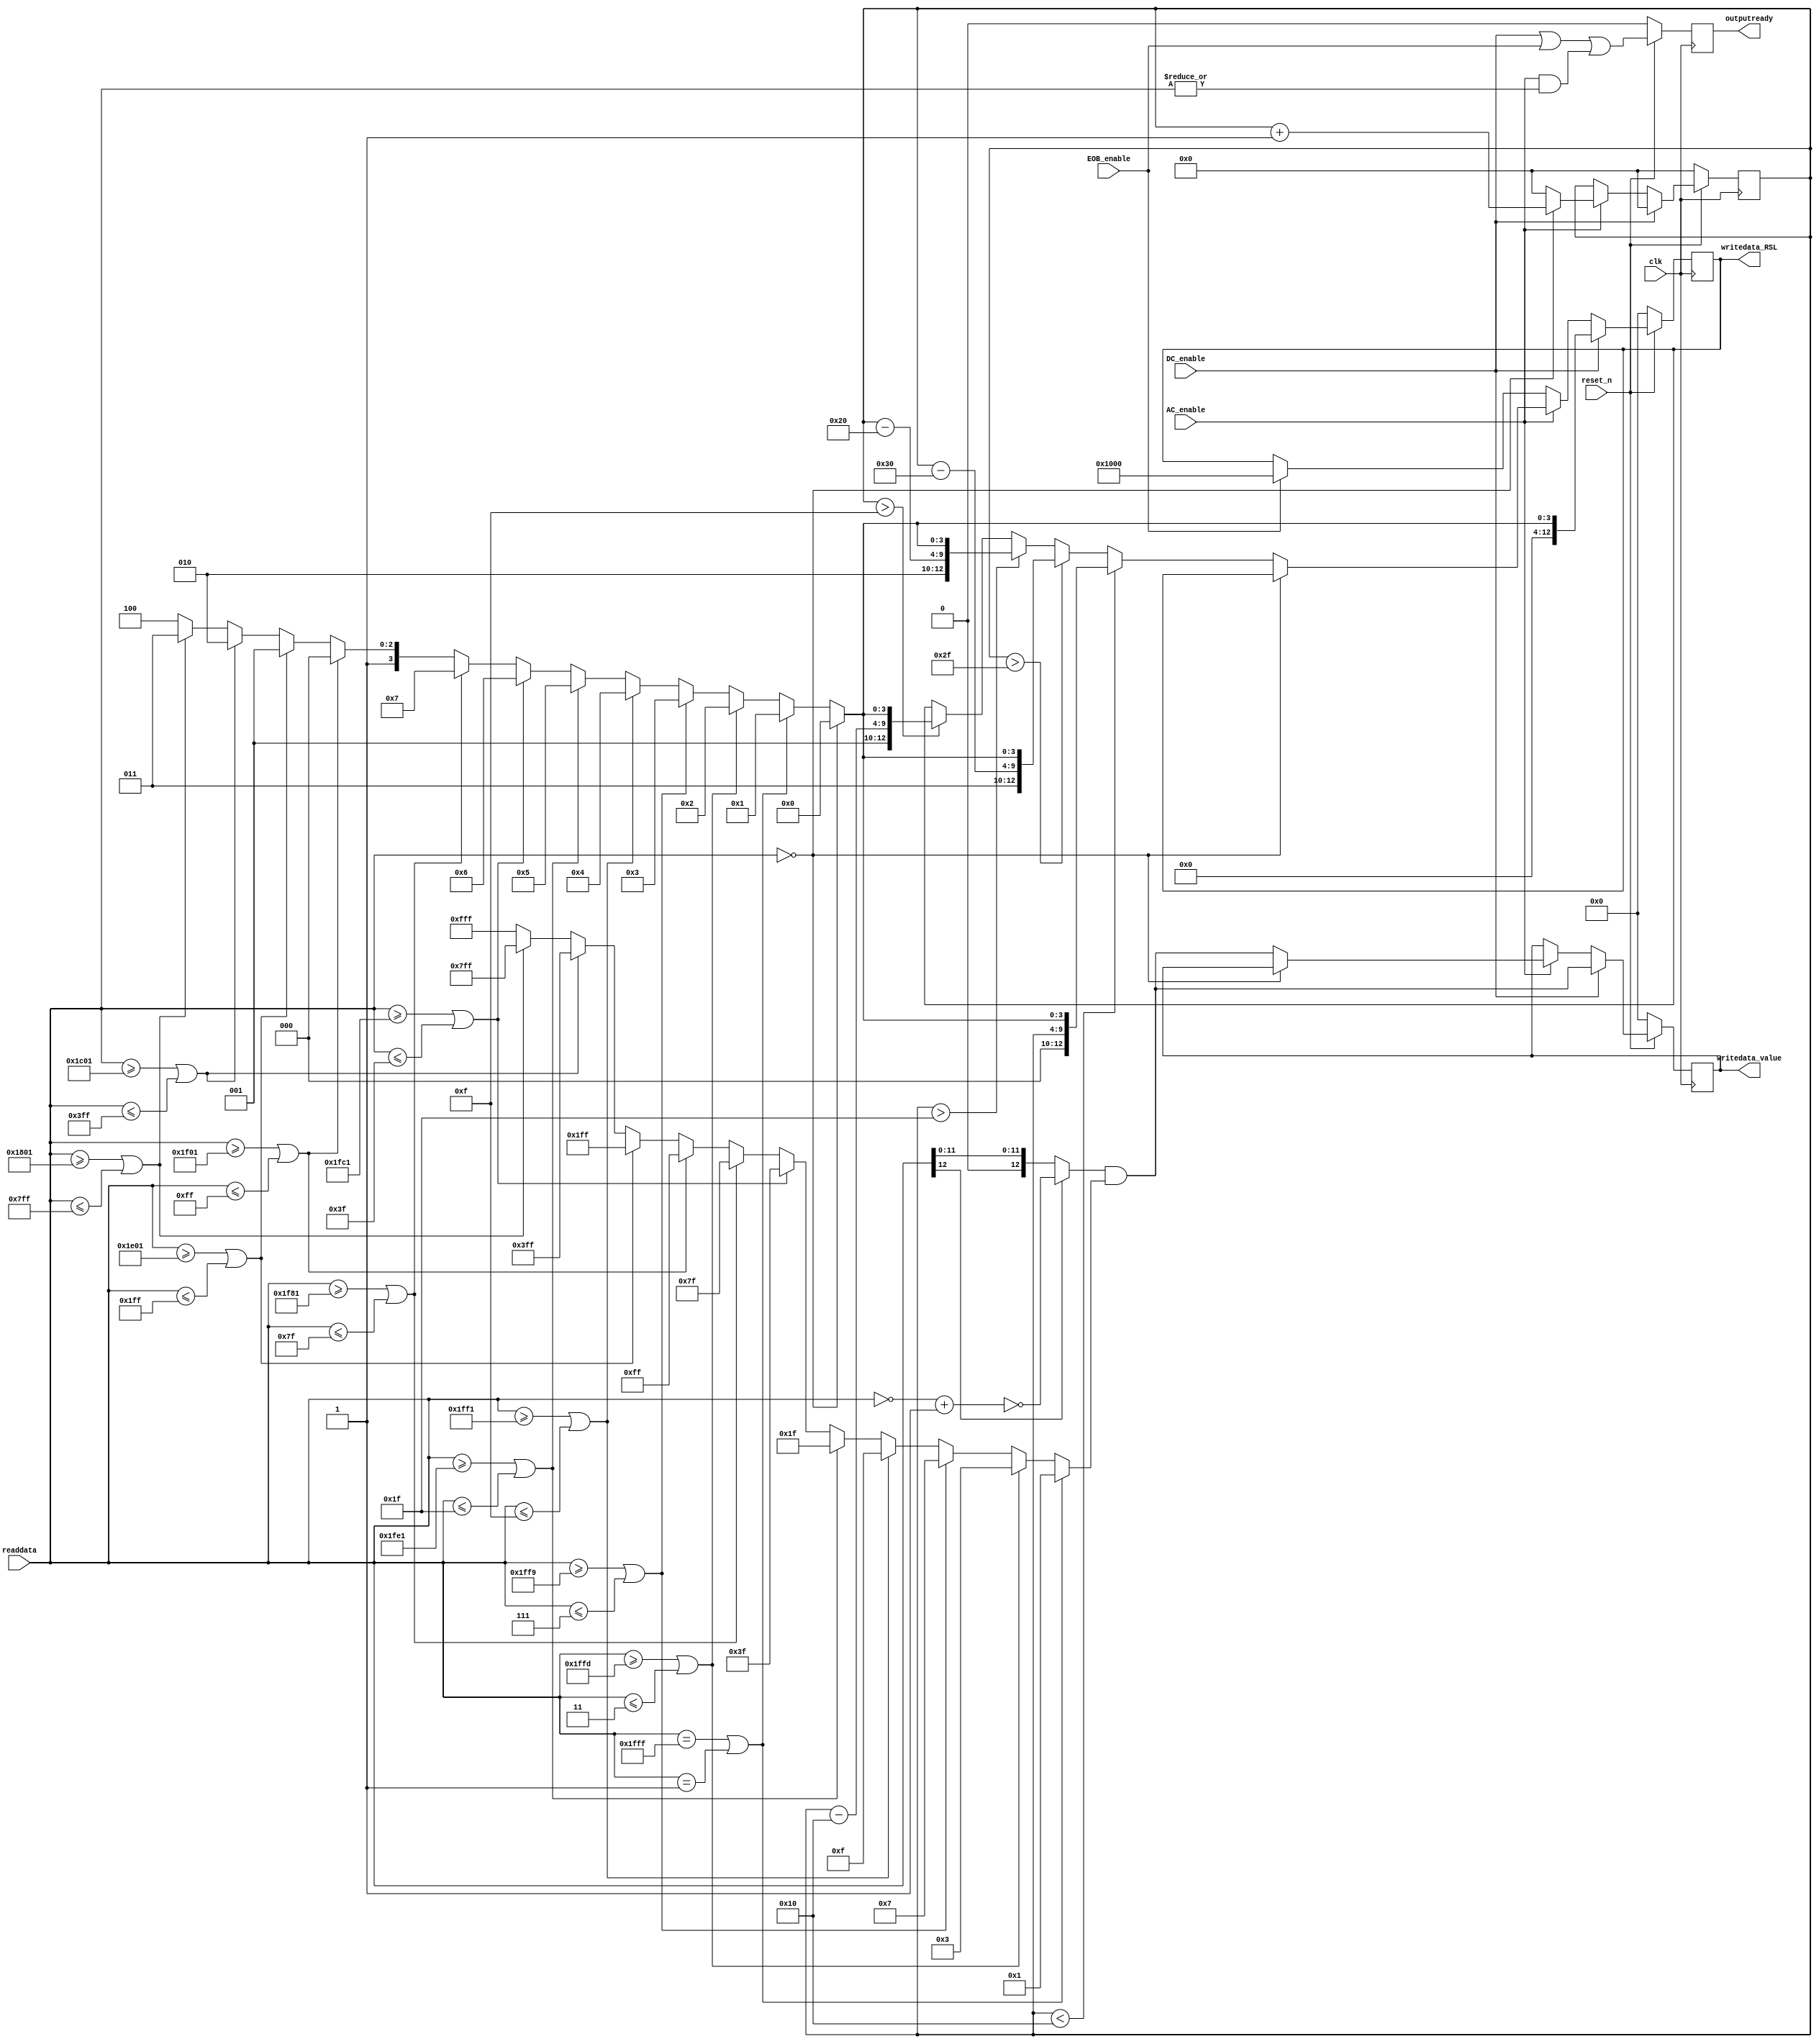
// *******************************************************************
// HUFFMAN PRECALCULATION
// *******************************************************************
module ic_hc_huffman_coding_preparation (
					clk,
					reset_n,
					// Inputs
					DC_enable,
					AC_enable,
					EOB_enable,
					readdata,
					// Outputs
					outputready,
					writedata_value,
					writedata_RSL
			);

// ----------------- InOut Declarations ---------------
input			clk,
				reset_n,
				DC_enable,
				AC_enable,
				EOB_enable;
input	[12:0]	readdata;
output			outputready;
output	[12:0]	writedata_value,
				writedata_RSL;

// ----------------- Reg Declarations ---------------
reg				outputready;
reg		[5:0]	number_of_zeroes;
reg		[12:0]	writedata_value,
				writedata_RSL;
		
// ----------------- Wire Declarations ---------------
wire			comp0, comp1, comp2, comp3, comp4, comp5, comp6, 
				comp7, comp8, comp9, comp10, comp11;
				// comp12;
wire [3:0]		length;
wire [12:0] 	mask_readdata,
				graycode_readdata;

// **************************************************************
// category: 			0			-> 205
//					  -1  1			-> 1
// 					-3 -2 2 3		-> 2
//		    -7 -6 -5 -4  4  5  6  7 -> 3
// 					..........
//			-32768 .......... 32767	-> 15		
// **************************************************************
// ----------------------- precalculate ----------------------
// Kiem tra xem so nhap vao co bao nhieu bits
assign comp0 =  (readdata == 13'h0);
assign comp1 =  (readdata == 13'h1FFF)  || (readdata == 13'h0001); 	// -1
assign comp2 =  (readdata >= 13'h1FFD)  || (readdata <= 13'h0003); 	// -3
assign comp3 =  (readdata >= 13'h1FF9)  || (readdata <= 13'h0007 ); // -7
assign comp4 =  (readdata >= 13'h1FF1) 	|| (readdata <= 13'h000F);
assign comp5 =  (readdata >= 13'h1FE1) 	|| (readdata <= 13'h001F);
assign comp6 =  (readdata >= 13'h1FC1) 	|| (readdata <= 13'h003F);
assign comp7 =  (readdata >= 13'h1F81)	|| (readdata <= 13'h007F);
assign comp8 =  (readdata >= 13'h1F01)  || (readdata <= 13'h00FF);
assign comp9 =  (readdata >= 13'h1E01)  || (readdata <= 13'h01FF);
assign comp10 = (readdata >= 13'h1C01)	|| (readdata <= 13'h03FF);
assign comp11 = (readdata >= 13'h1801)	|| (readdata <= 13'h07FF);
// assign comp12 = (readdata >= 13'h1001)	|| (readdata <= 13'h0FFF);

// chieu dai cua readdata
assign length = comp0 ? 4'h0 : comp1 ? 4'h1 : comp2  ? 4'h2 : comp3 ? 4'h3 : 
				comp4 ? 4'h4 : comp5 ? 4'h5 : comp6 ? 4'h6 : comp7 ? 4'h7 : 
				comp8 ? 4'h8 : comp9 ? 4'h9 : comp10 ? 4'ha : comp11 ? 4'hb : 4'hc;
// lay gray code				
assign mask_readdata = comp1  ? 13'h0001 : comp2  ? 13'h0003 : comp3 ? 13'h0007 : 
                       comp4  ? 13'h000F : comp5  ? 13'h001F : comp6 ? 13'h003F : 
                       comp7  ? 13'h007F : comp8  ? 13'h00FF : comp9 ? 13'h01FF : 
                       comp10 ? 13'h03FF : comp11 ? 13'h07FF : 13'h0FFF;
assign graycode_readdata = (readdata[12]) ? (~(~readdata + 13'h1)) : readdata;
// ------------------------------------------------------------------------
// Du lieu ngo ra hop le
always @ (posedge clk)
	if (~reset_n)
		outputready <= 1'b0;
	else
		outputready <= DC_enable || EOB_enable || (AC_enable && |readdata);

// Yeu cau du lieu vao
always @ (posedge clk)
begin
	if (~reset_n)
	begin
		number_of_zeroes <= 6'h0;
		writedata_value <= 13'h0;
		writedata_RSL <= 13'h0;		
	end
	// ----------------------------------------
	// DC: writedata_RSL = 11'h0 + length
	// AC: writedata_RSL = M16zeroes + number_of_zeroes + length
	else if (DC_enable)
	begin
		writedata_value <= graycode_readdata & mask_readdata;
		writedata_RSL <= {1'b0, 2'h0, 6'h0, length};	// write run, size, length
		number_of_zeroes <= 6'h0;
	end
	
	else if (AC_enable)		
	begin			
		// neu gap 0 thi bo qua
		if (readdata == 13'h0)	
			number_of_zeroes <= number_of_zeroes + 1'b1;
		// neu gap 1 thi
		else					
		begin
			number_of_zeroes <= 6'h0;	
			writedata_value <= graycode_readdata & mask_readdata;				
			// AC: writedata_RSL = EOB + M16zeroes + number_of_zeroes + length
			//						1		2			6				 4
			if (number_of_zeroes < 6'h10)
				writedata_RSL <= {1'b0, 2'b00, number_of_zeroes, length};
			else if (number_of_zeroes > 6'h2F)
				writedata_RSL <= {1'b0, 2'b11, number_of_zeroes - 6'd48, length};
			else if (number_of_zeroes > 6'h1F)
				writedata_RSL <= {1'b0, 2'b10, number_of_zeroes - 6'd32, length};
			else if (number_of_zeroes > 6'hF)				
				writedata_RSL <= {1'b0, 2'b01, number_of_zeroes - 6'd16, length};						
		end
	end
	
	else if (EOB_enable)
		writedata_RSL <= {1'b1, 2'h0, 6'h0, 4'h0};	
end			
endmodule